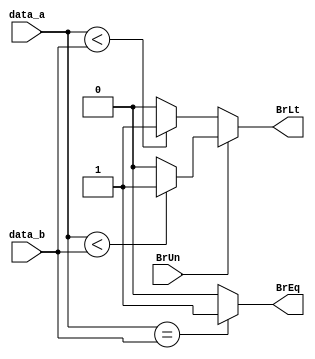
module branch_comp (data_a, data_b, BrUn, BrEq, BrLt);
input [31:0] data_a, data_b;
input BrUn;
output BrEq, BrLt;

wire BrEq, BrLt;

assign BrEq = (data_a == data_b)? 1 : 0;
assign BrLt = (~BrUn)	? ((data_a < data_b)? 1 : 0)
			: (($signed(data_a) < $signed(data_b))? 1 : 0);
endmodule